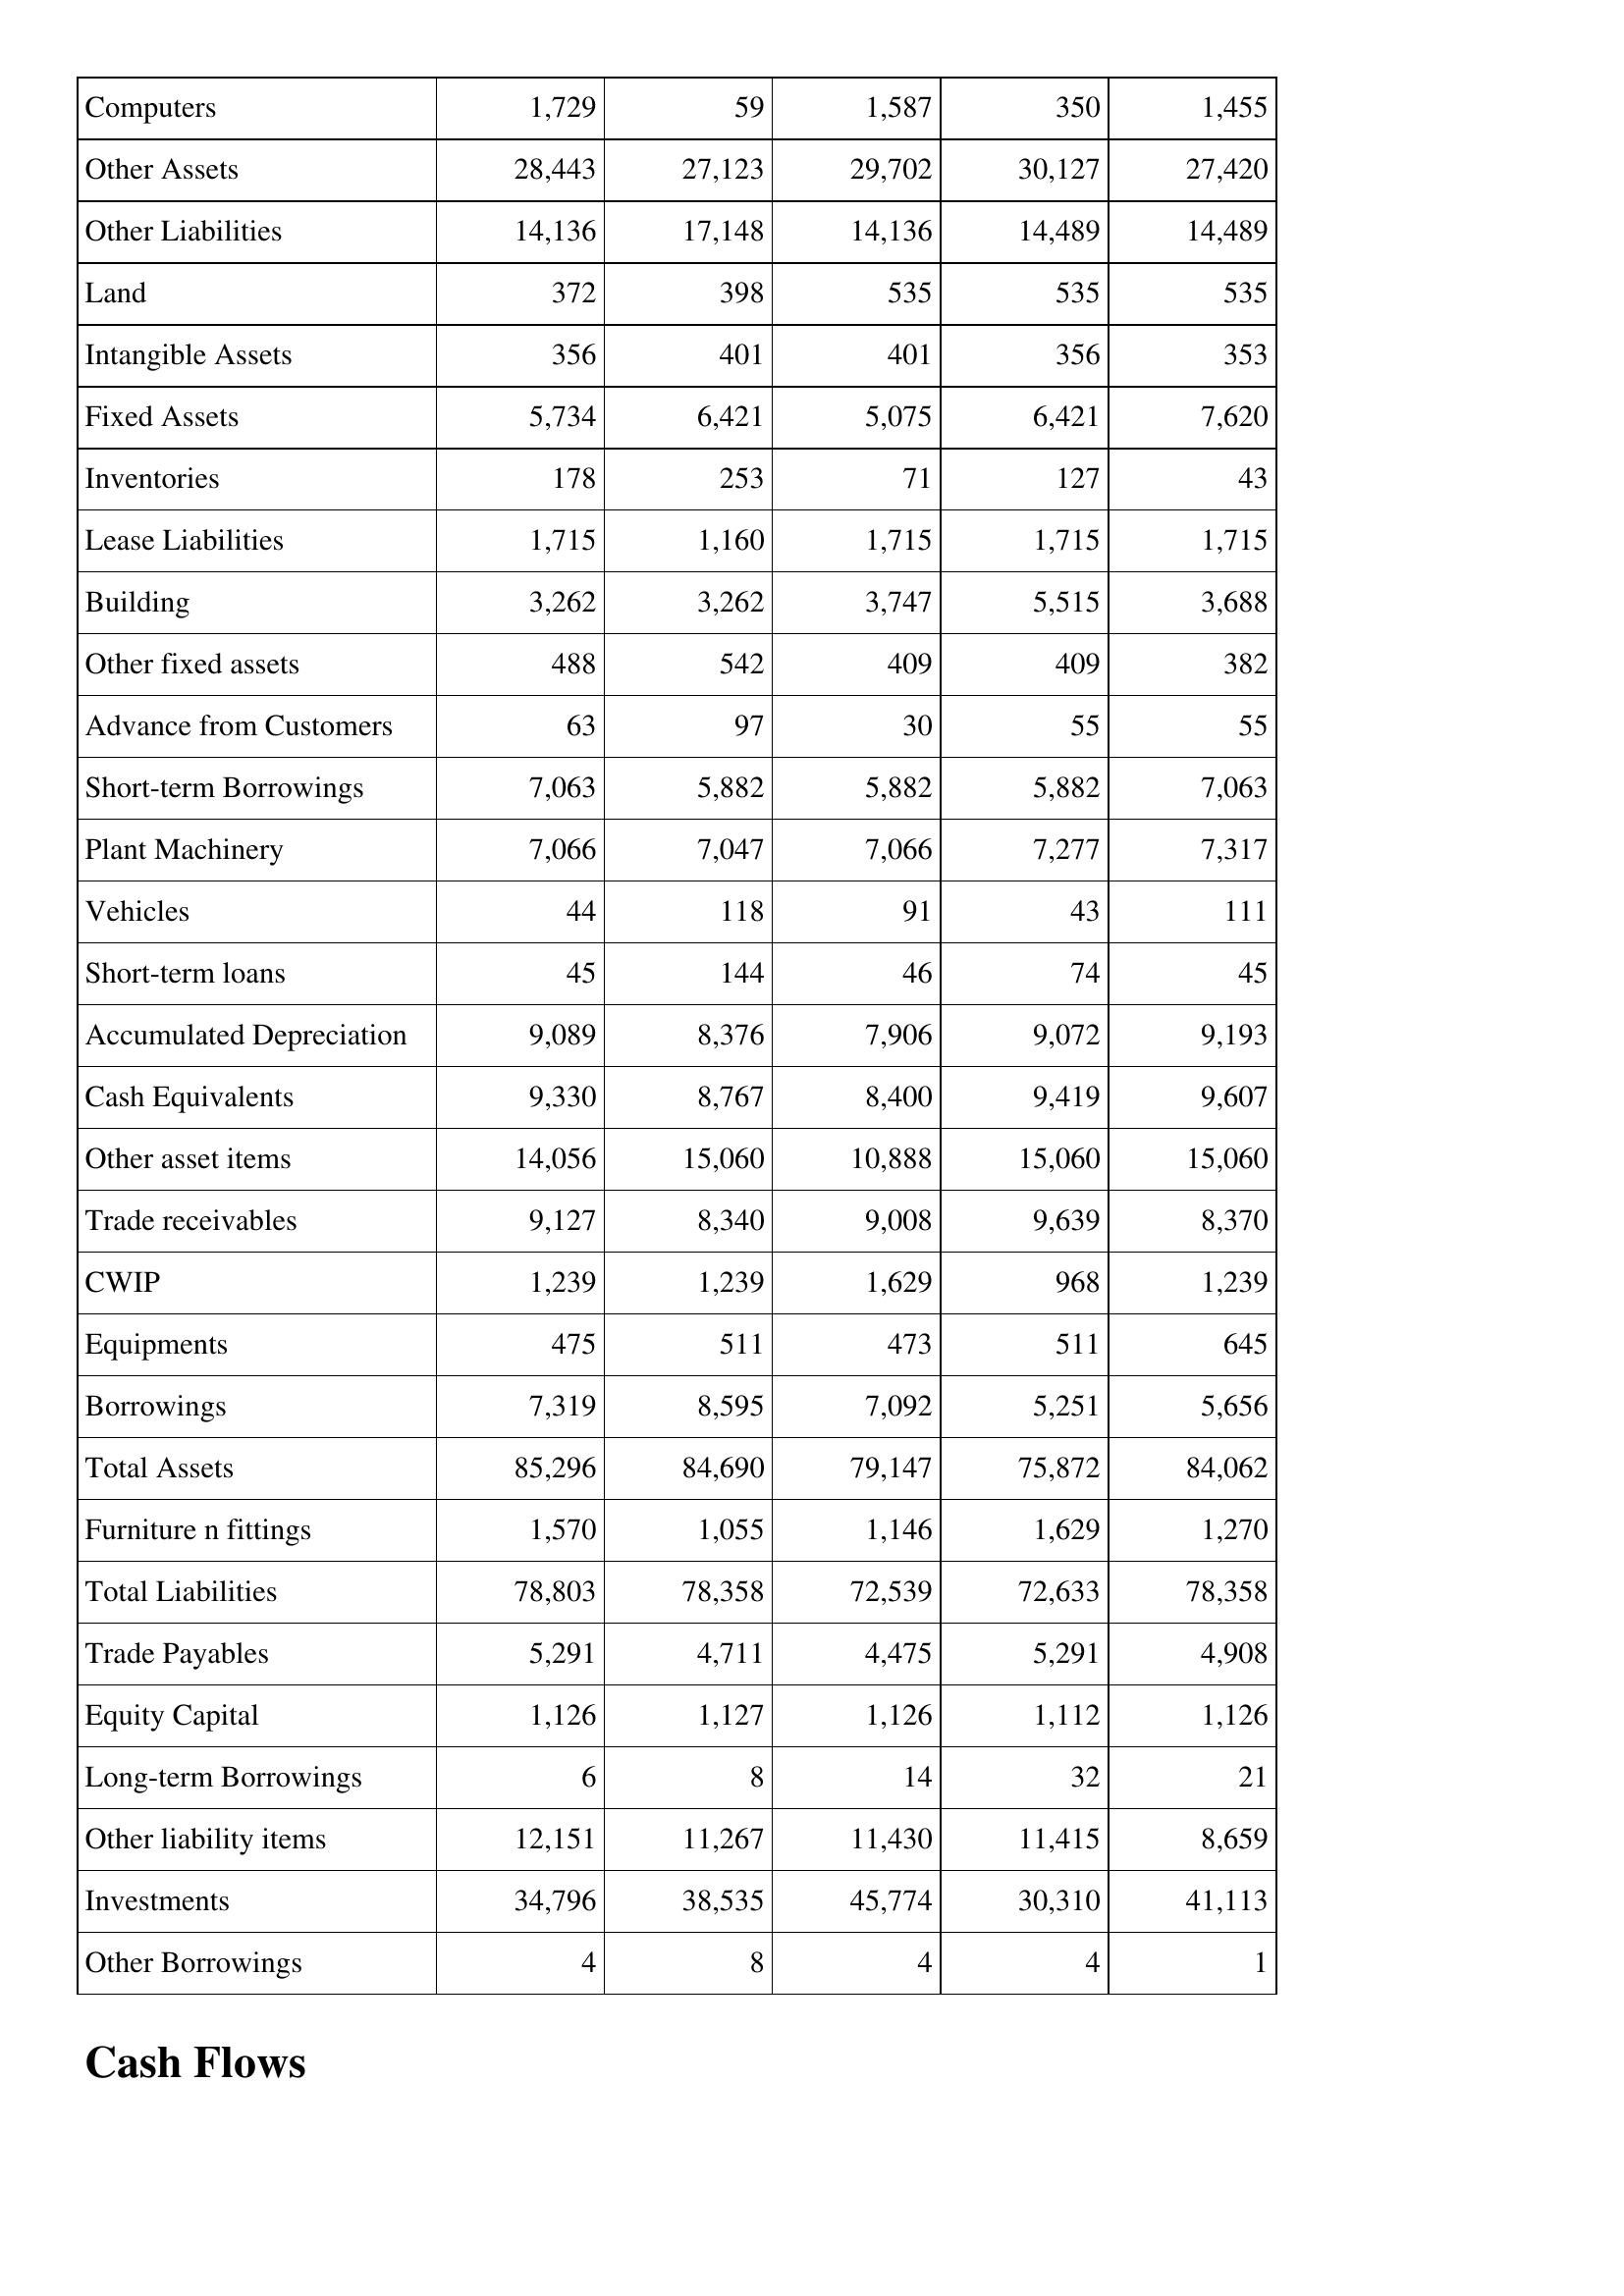
Apr-14: Balance Sheet: Computers: 1,729
Other Assets: 28,443
Other Liabilities: 14,136
Land: 372
Intangible Assets: 356
Fixed Assets: 5,734
Inventories: 178
Lease Liabilities: 1,715
Building: 3,262
Other fixed assets: 488
Advance from Customers: 63
Short-term Borrowings: 7,063
Plant Machinery: 7,066
Vehicles: 44
Short-term loans: 45
Accumulated Depreciation: 9,089
Cash Equivalents: 9,330
Other asset items: 14,056
Trade receivables: 9,127
CWIP: 1,239
Equipments: 475
Borrowings: 7,319
Total Assets: 85,296
Furniture n fittings: 1,570
Total Liabilities: 78,803
Trade Payables: 5,291
Equity Capital: 1,126
Long-term Borrowings: 6
Other liability items: 12,151
Investments: 34,796
Other Borrowings: 4
Apr-13: Balance Sheet: Computers: 59
Other Assets: 27,123
Other Liabilities: 17,148
Land: 398
Intangible Assets: 401
Fixed Assets: 6,421
Inventories: 253
Lease Liabilities: 1,160
Building: 3,262
Other fixed assets: 542
Advance from Customers: 97
Short-term Borrowings: 5,882
Plant Machinery: 7,047
Vehicles: 118
Short-term loans: 144
Accumulated Depreciation: 8,376
Cash Equivalents: 8,767
Other asset items: 15,060
Trade receivables: 8,340
CWIP: 1,239
Equipments: 511
Borrowings: 8,595
Total Assets: 84,690
Furniture n fittings: 1,055
Total Liabilities: 78,358
Trade Payables: 4,711
Equity Capital: 1,127
Long-term Borrowings: 8
Other liability items: 11,267
Investments: 38,535
Other Borrowings: 8
Apr-12: Balance Sheet: Computers: 1,587
Other Assets: 29,702
Other Liabilities: 14,136
Land: 535
Intangible Assets: 401
Fixed Assets: 5,075
Inventories: 71
Lease Liabilities: 1,715
Building: 3,747
Other fixed assets: 409
Advance from Customers: 30
Short-term Borrowings: 5,882
Plant Machinery: 7,066
Vehicles: 91
Short-term loans: 46
Accumulated Depreciation: 7,906
Cash Equivalents: 8,400
Other asset items: 10,888
Trade receivables: 9,008
CWIP: 1,629
Equipments: 473
Borrowings: 7,092
Total Assets: 79,147
Furniture n fittings: 1,146
Total Liabilities: 72,539
Trade Payables: 4,475
Equity Capital: 1,126
Long-term Borrowings: 14
Other liability items: 11,430
Investments: 45,774
Other Borrowings: 4
Apr-11: Balance Sheet: Computers: 350
Other Assets: 30,127
Other Liabilities: 14,489
Land: 535
Intangible Assets: 356
Fixed Assets: 6,421
Inventories: 127
Lease Liabilities: 1,715
Building: 5,515
Other fixed assets: 409
Advance from Customers: 55
Short-term Borrowings: 5,882
Plant Machinery: 7,277
Vehicles: 43
Short-term loans: 74
Accumulated Depreciation: 9,072
Cash Equivalents: 9,419
Other asset items: 15,060
Trade receivables: 9,639
CWIP: 968
Equipments: 511
Borrowings: 5,251
Total Assets: 75,872
Furniture n fittings: 1,629
Total Liabilities: 72,633
Trade Payables: 5,291
Equity Capital: 1,112
Long-term Borrowings: 32
Other liability items: 11,415
Investments: 30,310
Other Borrowings: 4
Apr-10: Balance Sheet: Computers: 1,455
Other Assets: 27,420
Other Liabilities: 14,489
Land: 535
Intangible Assets: 353
Fixed Assets: 7,620
Inventories: 43
Lease Liabilities: 1,715
Building: 3,688
Other fixed assets: 382
Advance from Customers: 55
Short-term Borrowings: 7,063
Plant Machinery: 7,317
Vehicles: 111
Short-term loans: 45
Accumulated Depreciation: 9,193
Cash Equivalents: 9,607
Other asset items: 15,060
Trade receivables: 8,370
CWIP: 1,239
Equipments: 645
Borrowings: 5,656
Total Assets: 84,062
Furniture n fittings: 1,270
Total Liabilities: 78,358
Trade Payables: 4,908
Equity Capital: 1,126
Long-term Borrowings: 21
Other liability items: 8,659
Investments: 41,113
Other Borrowings: 1